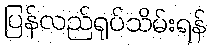
ပြန်လည်ရုပ်သိမ်းရန်